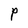
Character: P